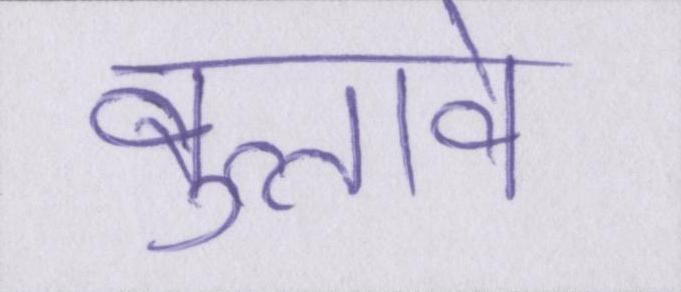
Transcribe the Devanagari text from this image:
बुलावे